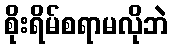
စိုးရိမ်စရာမလိုဘဲ